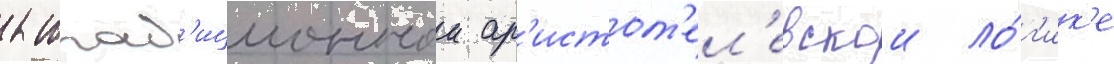
к трад'иционнои ар'истот'ел'евскои ло́г'ик'е